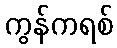
ကွန်ကရစ်